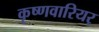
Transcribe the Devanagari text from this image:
कृष्णवारियर्